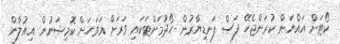
ކޯޓަށް އައްޔަން ކުރަންޖެހޭ ފަސް ފަނޑިޔާރުން ހޯދުމަށްޓަކައި ވަރަށް އަވަހަށް ކޮމިޝަނުން އިއުލާން